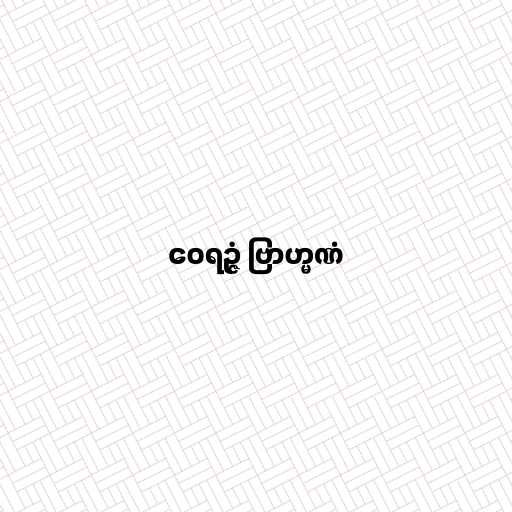
ဝေရဉ္ဇံ ဗြာဟ္မဏံ